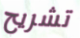
تشريح